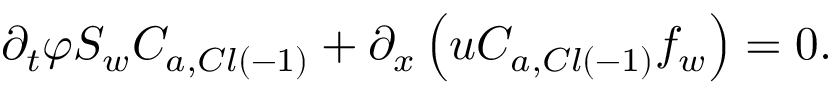
\partial _ { t } \varphi S _ { w } C _ { a , C l \left( - 1 \right) } + \partial _ { x } \left( u C _ { a , C l \left( - 1 \right) } f _ { w } \right) = 0 .